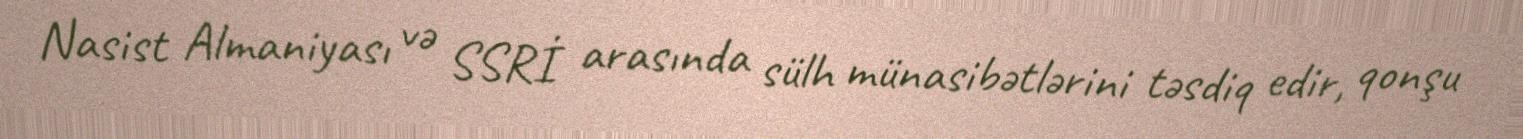
Nasist Almaniyası və SSRİ arasında sülh münasibətlərini təsdiq edir, qonşu